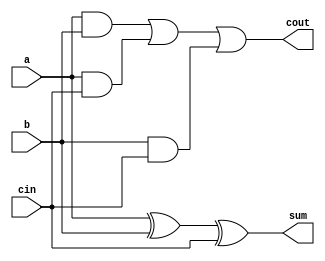
module full_adder_1b (input a, b, cin, output sum, cout);
	assign sum = a ^ b ^ cin;
	assign cout = (a & b) | (a & cin) | (b & cin);
endmodule

module a_s_8b (a8,b8,s,sum8,cout8);
  input [7:0] a8,b8;
  input s;
  wire[6:0] cin8;
  output [7:0] sum8;
  output cout8;

	full_adder_1b g0 (.a(a8[0]) , .b(s^b8[0]) , .cin(s) , .sum(sum8[0]) , .cout(cin8[0]));
	full_adder_1b g1 (.a(a8[1]) , .b(s^b8[1]) , .cin(cin8[0]) , .sum(sum8[1]) , .cout(cin8[1]));
	full_adder_1b g2 (.a(a8[2]) , .b(s^b8[2]) , .cin(cin8[1]) , .sum(sum8[2]) , .cout(cin8[2]));
	full_adder_1b g3 (.a(a8[3]) , .b(s^b8[3]) , .cin(cin8[2]) , .sum(sum8[3]) , .cout(cin8[3]));
	full_adder_1b g4 (.a(a8[4]) , .b(s^b8[4]) , .cin(cin8[3]) , .sum(sum8[4]) , .cout(cin8[4]));
	full_adder_1b g5 (.a(a8[5]) , .b(s^b8[5]) , .cin(cin8[4]) , .sum(sum8[5]) , .cout(cin8[5]));
	full_adder_1b g6 (.a(a8[6]) , .b(s^b8[6]) , .cin(cin8[5]) , .sum(sum8[6]) , .cout(cin8[6]));
	full_adder_1b g7 (.a(a8[7]) , .b(s^b8[7]) , .cin(cin8[6]) , .sum(sum8[7]) , .cout(cout8));

endmodule

module a_s_8b_test;
  reg [7:0] ta8,tb8;
  reg ts;
  wire [7:0] tsum8;
  wire tcout8;

	a_s_8b g0 (.a8(ta8) , .b8(tb8) , .s(ts) , .sum8(tsum8) , .cout8(tcout8));

  initial 

	begin
	  ta8= 8'b00001111;
	  tb8= 8'b00001100;

	  ts= 1'b0;

	  #100;
 	  ts= 1'b1;

	  #100
	  ta8= 8'b01010110;
	  tb8= 8'b00111111;
	  ts=1'b0;

	  #100
	  ts=1'b1;
  end

endmodule